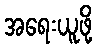
အရေးယူဖို့